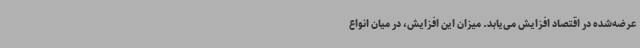
عرضه‌شده در اقتصاد افزایش می‌یابد. میزان این افزایش، در میان انواع